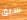
سبق